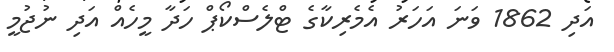
އަދި 1862 ވަނަ އަހަރު އެމެރިކާގެ ޓްލެސްކޯޕް ހަދާ މީހެއް އަދި ނުޖުމީ